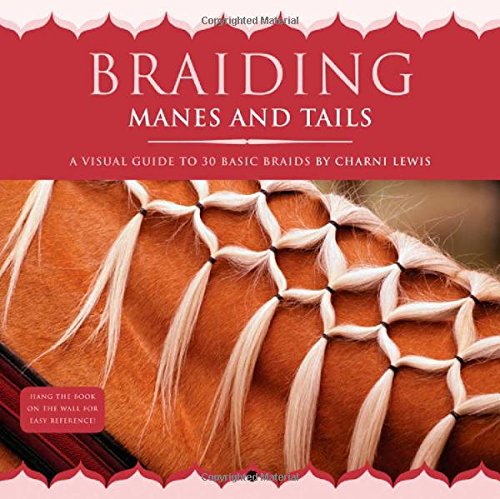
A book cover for Braiding Manes and Tails: A Visual Guide to 30 Basic Braids; Charni Lewis; Crafts, Hobbies & Home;